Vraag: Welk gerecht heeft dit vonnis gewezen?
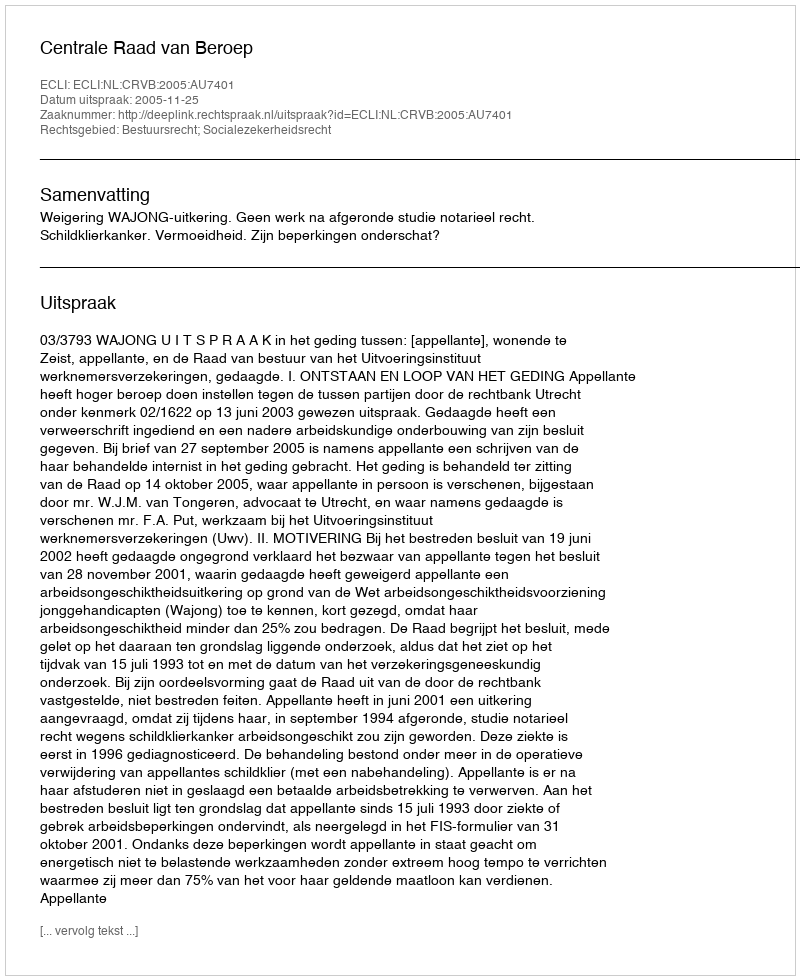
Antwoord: Centrale Raad van Beroep